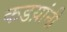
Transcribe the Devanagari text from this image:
कडय़ांनी